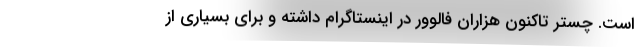
است. چستر تاکنون هزاران فالوور در اینستاگرام داشته و برای بسیاری از